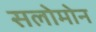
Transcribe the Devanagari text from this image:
सलोमोन